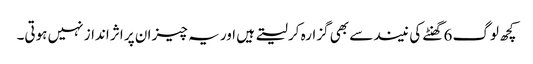
کچھ لوگ 6 گھنٹے کی نیند سے بھی گزارہ کر لیتے ہیں اور یہ چیز ان پر اثر انداز نہیں ہوتی۔